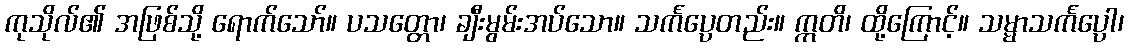
ကုသိုလ်၏ အဖြစ်သို့ ရောက်သော်။ ပသတ္တော၊ ချီးမွမ်းအပ်သော။ သင်္ကပ္ပေတည်း။ ဣတိ၊ ထို့ကြောင့်။ သမ္မာသင်္ကပ္ပော၊